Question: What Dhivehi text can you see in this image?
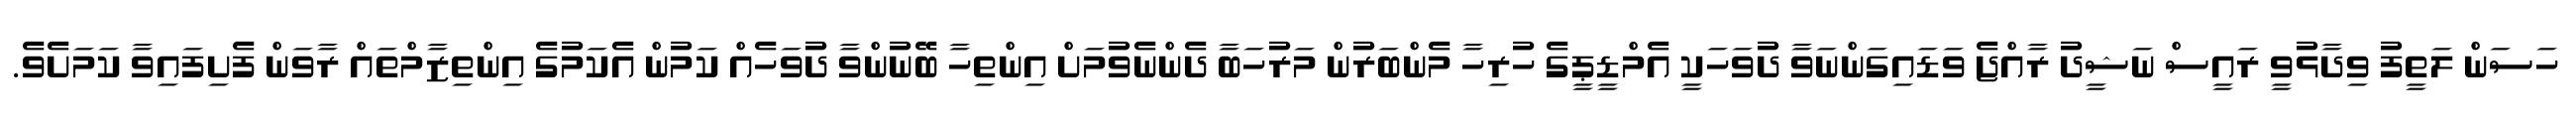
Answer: ހަސަން ލަތީފު ވިދާޅުވީ ރައީސް ނަޝީދު ރާއްޖެ ވަޑައިގަންނަވާ ދުވަހަކީ އެމްޑީޕީގެ ހުރިހާ މެންބަރުން މަރުހަބާ ދެންނެވުމަށް އިންތިހާ ބޭނުންވާ ދުވަހެއް ކަމުން އެކަމުގެ އިންތިޒާމްތައް ރާވަން ފެށިފައިވާ ކަމަށެވެ.